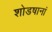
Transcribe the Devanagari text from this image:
शोडषानां